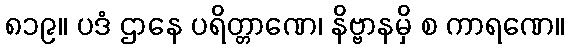
၈၁၉။ ပဒံ ဌာနေ ပရိတ္တာဏေ၊ နိဗ္ဗာနမှိ စ ကာရဏေ။